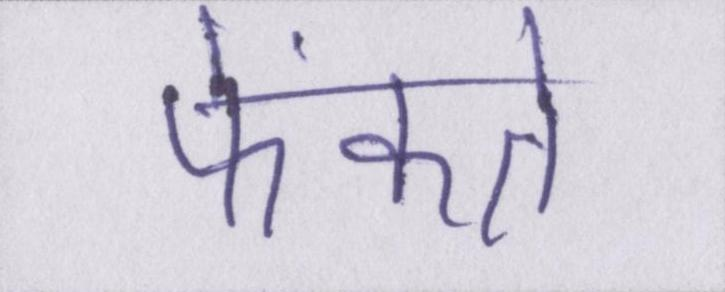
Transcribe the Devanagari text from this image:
फेंकते